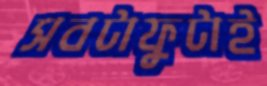
সবটাফুটাই